Indian journal of veterinary science and animal husbandry - Volume 9,
Year: 1939
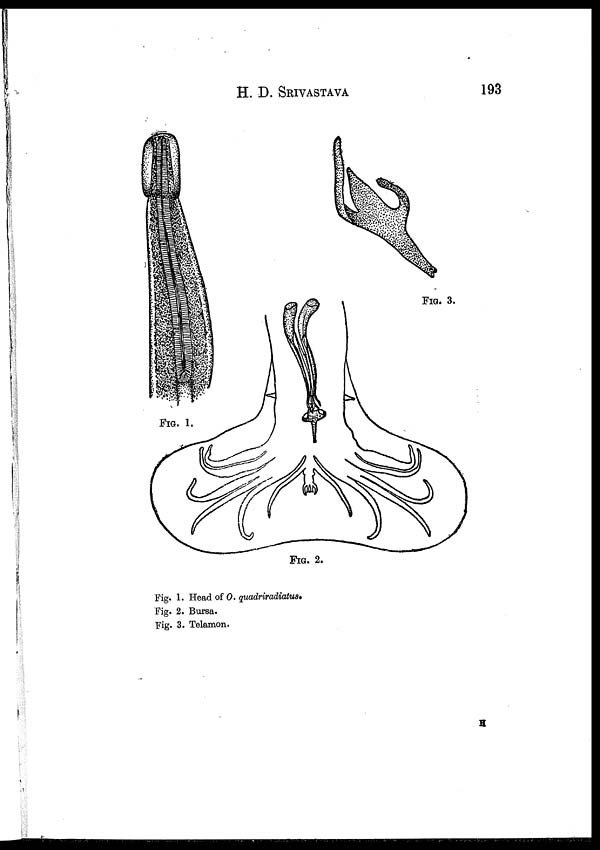
H. D. SRIVASTAVA 193
FIG. 1.
FIG. 2.
FIG. 3.
Fig. 1. Head of O. quadriradiatus.
Fig. 2. Bursa.
Fig. 3. Telamon.
H